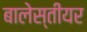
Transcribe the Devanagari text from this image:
बालेस्तीयर